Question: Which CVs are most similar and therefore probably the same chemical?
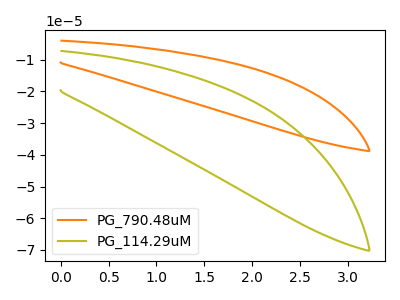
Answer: <think>The orange curve "PG_790.48uM" has no peaks. The olive curve "PG_114.29uM" has no peaks.
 Neither "PG_790.48uM" or "PG_114.29uM" have any peaks.</think>
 <answer>"PG_114.29uM" and "PG_790.48uM" have the same shape and are likely CV's of the same chemical.</answer>
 <eval>"PG_114.29uM" "PG_790.48uM"</eval>